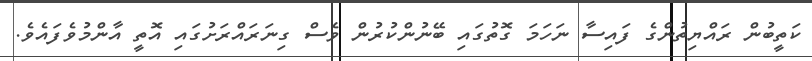
ކަތީބުން ރައްޔިތުންގެ ފައިސާ ނަހަމަ ގޮތުގައި ބޭނުންކުރުން ވެސް ގިނަރައްރަށުގައި އޮތީ އާންމުވެފައެވެ.